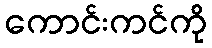
ကောင်းကင်ကို